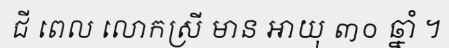
ជី ពេល លោកស្រី មាន អាយុ ៣០ ឆ្នាំ ។